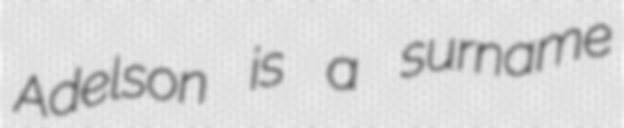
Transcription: Adelson is a surname